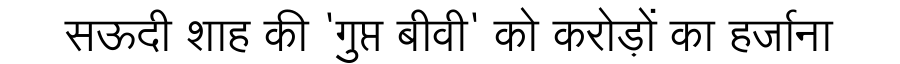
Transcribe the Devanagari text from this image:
सऊदी शाह की 'गुप्त बीवी' को करोड़ों का हर्जाना